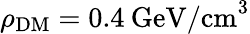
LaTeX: \rho_{\mathrm{{DM}}}=0.4\: \mathrm{GeV/cm}^{3}